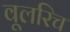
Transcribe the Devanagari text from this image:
वूलरिच